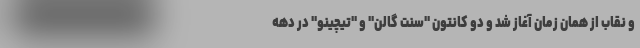
و نقاب از همان زمان آغاز شد و دو کانتون "سنت گالن" و "تیچینو" در دهه